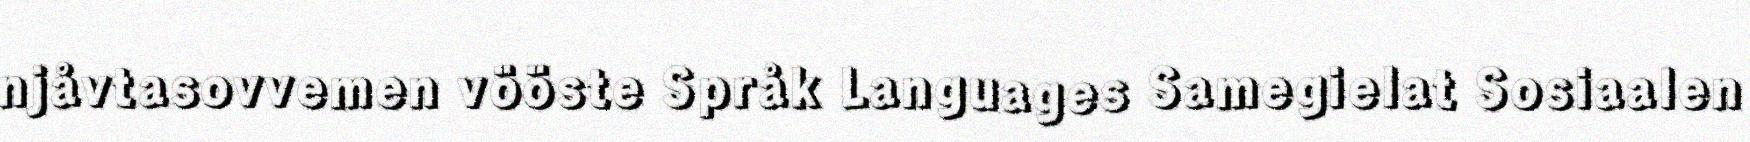
njåvtasovvemen vööste Språk Languages Samegielat Sosiaalen